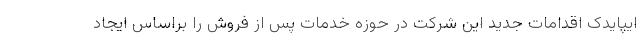
ایپایدک اقدامات جدید این شرکت در حوزه خدمات پس از فروش را براساس ایجاد